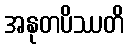
အနုတပိဿတိ